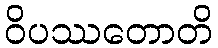
ဝိပဿတောတိ